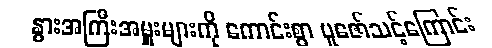
နွားအကြီးအမှူးများကို ကောင်းစွာ ပူဇော်သင့်ကြောင်း